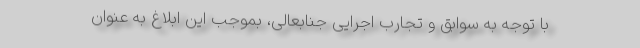
با توجه به سوابق و تجارب اجرایی جنابعالی، بموجب این ابلاغ به عنوان